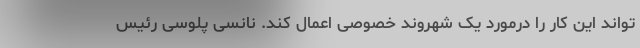
تواند این کار را درمورد یک شهروند خصوصی اعمال کند. نانسی پلوسی رئیس